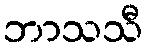
ဘာသသီ